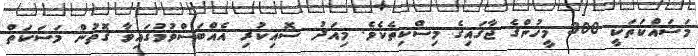
މަސައްކަތަކީ 300 މީހުންގެ ޖާގައިގެ މިސްކިތެކެވެ. މިއަދު ސޮއިކުރި އެއްްބަސްވުމުގައިވާ ގޮތުން މަސަކަތް